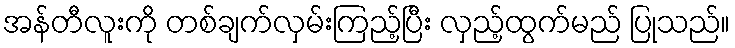
အန်တီလူးကို တစ်ချက်လှမ်းကြည့်ပြီး လှည့်ထွက်မည် ပြုသည်။